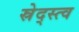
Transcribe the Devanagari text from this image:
स्रेद्स्त्व